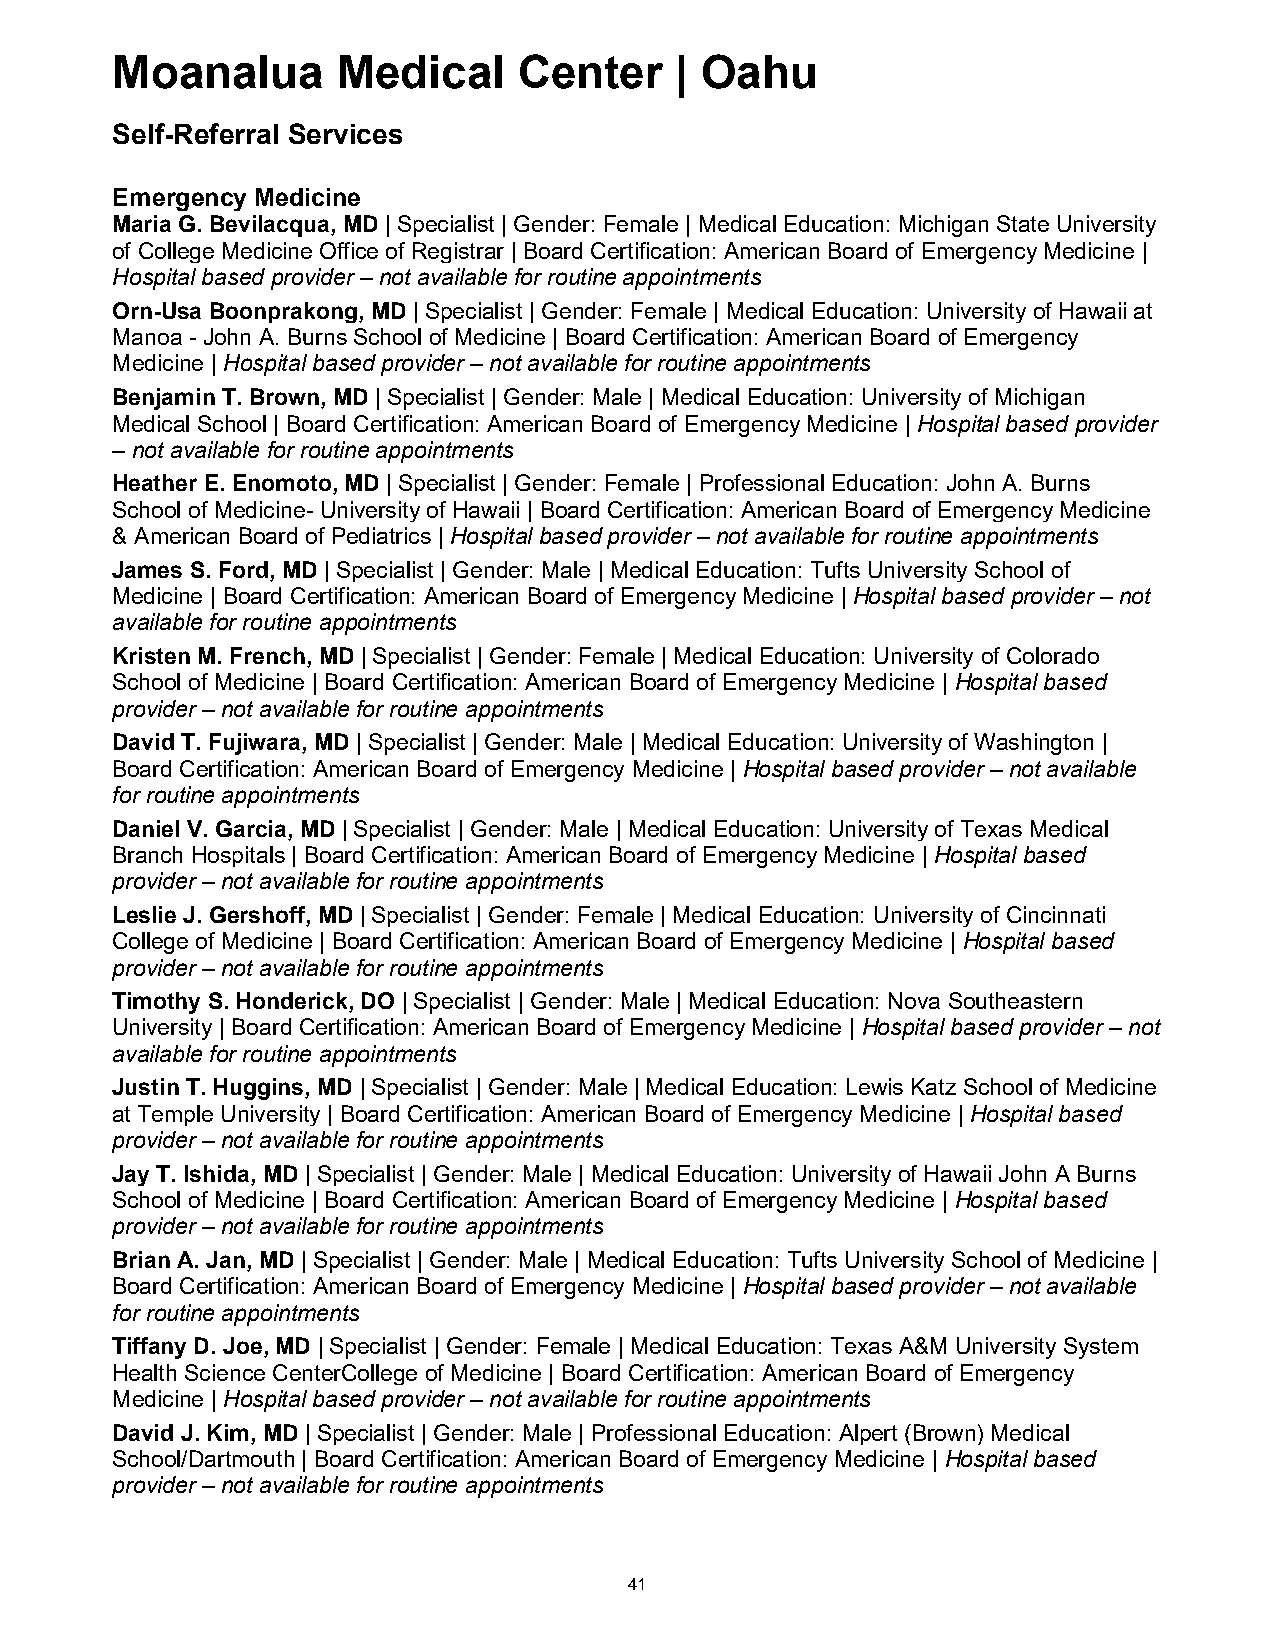
Moanalua       Medical     Center     | Oahu
 Self-Referral Services
 Emergency Medicine
 Maria G. Bevilacqua, MD | Specialist | Gender: Female | Medical Education: Michigan State University
 of College Medicine Office of Registrar | Board Certification: American Board of Emergency Medicine |
 Hospital based provider – not available for routine appointments
 Orn-Usa Boonprakong, MD | Specialist | Gender: Female | Medical Education: University of Hawaii at
 Manoa - John A. Burns School of Medicine | Board Certification: American Board of Emergency
 Medicine | Hospital based provider – not available for routine appointments
 Benjamin T. Brown, MD | Specialist | Gender: Male | Medical Education: University of Michigan
 Medical School | Board Certification: American Board of Emergency Medicine | Hospital based provider
 – not available for routine appointments
 Heather E. Enomoto, MD | Specialist | Gender: Female | Professional Education: John A. Burns
 School of Medicine- University of Hawaii | Board Certification: American Board of Emergency Medicine
 & American Board of Pediatrics | Hospital based provider – not available for routine appointments
 James S. Ford, MD | Specialist | Gender: Male | Medical Education: Tufts University School of
 Medicine | Board Certification: American Board of Emergency Medicine | Hospital based provider – not
 available for routine appointments
 Kristen M. French, MD | Specialist | Gender: Female | Medical Education: University of Colorado
 School of Medicine | Board Certification: American Board of Emergency Medicine | Hospital based
 provider – not available for routine appointments
 David T. Fujiwara, MD | Specialist | Gender: Male | Medical Education: University of Washington |
 Board Certification: American Board of Emergency Medicine | Hospital based provider – not available
 for routine appointments
 Daniel V. Garcia, MD | Specialist | Gender: Male | Medical Education: University of Texas Medical
 Branch Hospitals | Board Certification: American Board of Emergency Medicine | Hospital based
 provider – not available for routine appointments
 Leslie J. Gershoff, MD | Specialist | Gender: Female | Medical Education: University of Cincinnati
 College of Medicine | Board Certification: American Board of Emergency Medicine | Hospital based
 provider – not available for routine appointments
 Timothy S. Honderick, DO | Specialist | Gender: Male | Medical Education: Nova Southeastern
 University | Board Certification: American Board of Emergency Medicine | Hospital based provider – not
 available for routine appointments
 Justin T. Huggins, MD | Specialist | Gender: Male | Medical Education: Lewis Katz School of Medicine
 at Temple University | Board Certification: American Board of Emergency Medicine | Hospital based
 provider – not available for routine appointments
 Jay T. Ishida, MD | Specialist | Gender: Male | Medical Education: University of Hawaii John A Burns
 School of Medicine | Board Certification: American Board of Emergency Medicine | Hospital based
 provider – not available for routine appointments
 Brian A. Jan, MD | Specialist | Gender: Male | Medical Education: Tufts University School of Medicine |
 Board Certification: American Board of Emergency Medicine | Hospital based provider – not available
 for routine appointments
 Tiffany D. Joe, MD | Specialist | Gender: Female | Medical Education: Texas A&M University System
 Health Science CenterCollege of Medicine | Board Certification: American Board of Emergency
 Medicine | Hospital based provider – not available for routine appointments
 David J. Kim, MD | Specialist | Gender: Male | Professional Education: Alpert (Brown) Medical
 School/Dartmouth | Board Certification: American Board of Emergency Medicine | Hospital based
 provider – not available for routine appointments
 41